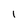
Character: 1